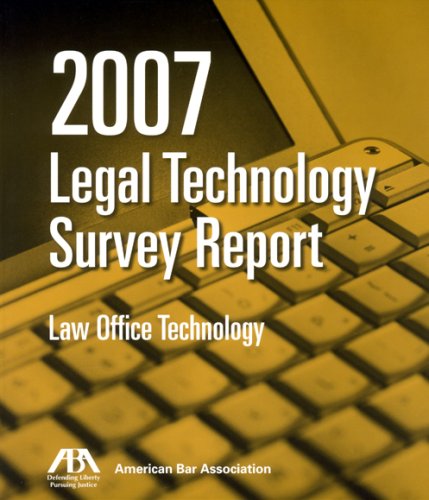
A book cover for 2007 ABA Legal Technology Survey Report: Law Office Technology; ABA Legal Technology Resource Center; Law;